Vaccination report Assam 1874-1896 - 1874-1896
Year: 1874
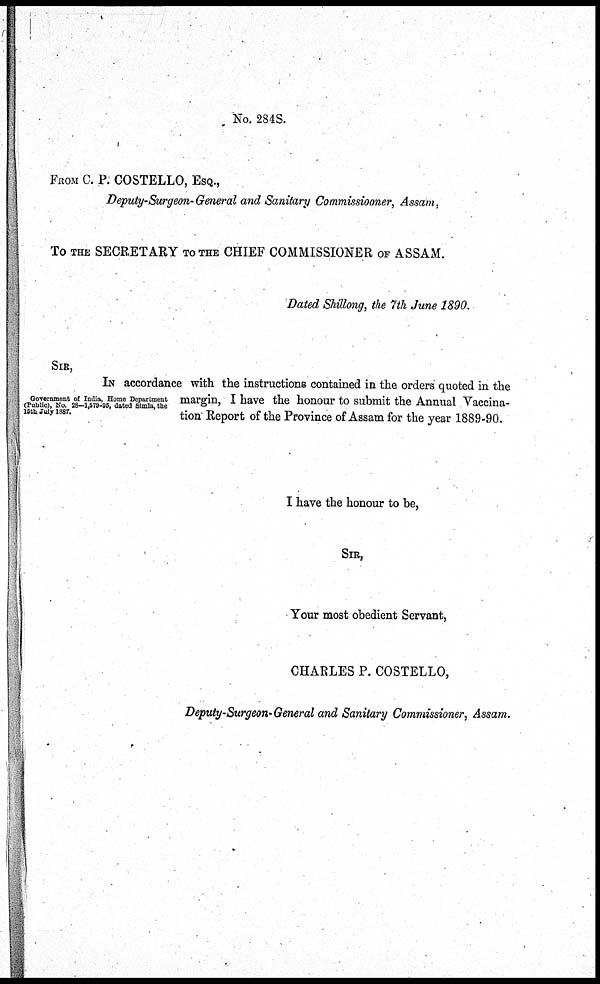
No. 284S.
FROM C. P. COSTELLO, ESQ.,
Deputy-Surgeon-General and Sanitary Commissiooner, Assam,
TO THE SECRETARY TO THE CHIEF COMMISSIONER OF ASSAM.
Dated Shillong, the 7th June 1890.
SIR,
Government of India, Home Department
(Public), No. 28-1,679-95, dated Simla, the
16 th July 1887.
IN accordance with the instructions contained in the orders quoted in the
margin, I have the honour to submit the Annual Vaccina-
tion Report of the Province of Assam for the year 1889-90.
I have the honour to be,
SIR,
Your most obedient Servant,
CHARLES P. COSTELLO,
Deputy-Surgeon-General and Sanitary Commissioner, Assam.